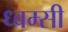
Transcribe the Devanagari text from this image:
ध्वम्सी